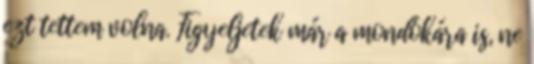
ezt tettem volna. Figyeljetek már a mondókára is, ne